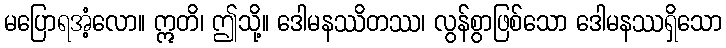
မပြောရအံ့လော။ ဣတိ၊ ဤသို့။ ဒေါမနဿိတဿ၊ လွန်စွာဖြစ်သော ဒေါမနဿရှိသော